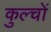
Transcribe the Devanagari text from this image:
कुल्चों